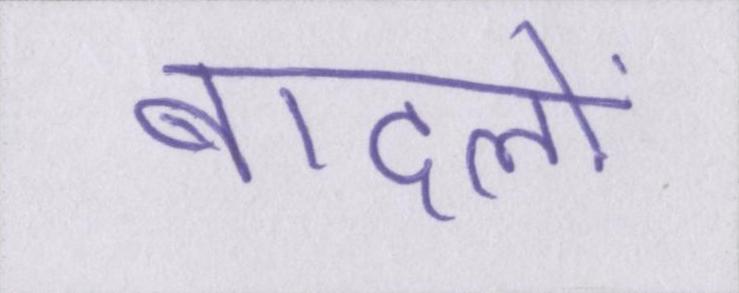
बादलों